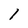
Character: l